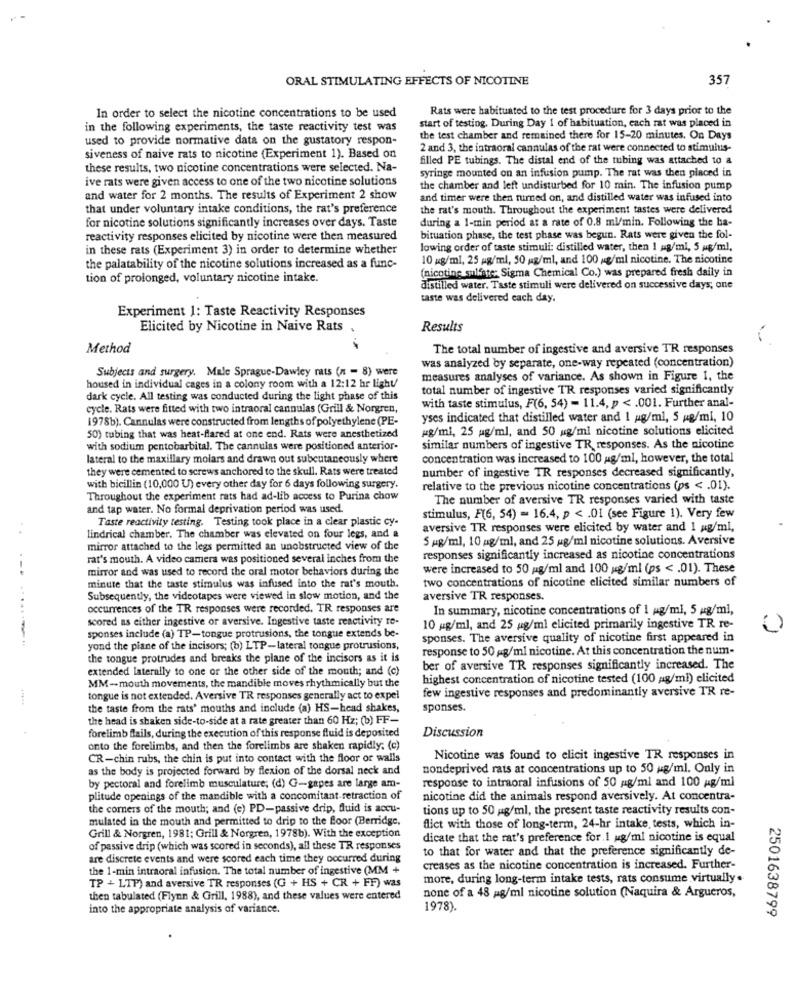
ORAL STIMULATING EFFECTS OF NICOTINE
357
Rats were habituated to the test procedure for 3 days prior to the
In order to select the nicotine concentrations to be used
start of testing. During Day 1 of habituation, each rat was placed in
in the following experiments, the taste reactivity test was
used to provide normative data on the gustatory respon-
the test chamber and remained there for 15-20 minutes. On Days
2 and 3, the intraoral cannulas of the rat were connected to stimuitis-
siveness of naive rats to nicotine (Experiment 1). Based on
filled PE tubings. The distal end of the tubing was attached to a
these results, two nicotine concentrations were selected. Na-
syringe mounted on an infusion pump. The rat was then placed in
ive rats were given access to one of the two nicotine solutions
the chamber and left undisturbed for 10 min. The infusion pump
and water for 2 months. The results of Experiment 2 show
and timer were then turned on, and distilled water was infused into
that under voluntary intake conditions, the rat's preference
the rat's mouth. Throughout the experiment tastes were delivered
for nicotine solutions significantly increases over days. Taste
during a 1-min period at a rate of 0.8 ml/min. Following the ba-
reactivity responses elicited by nicotine were then measured
bituation phase, the test phase was begun. Rats were given the fol-
in these rats (Experiment 3) in order to determine whether
lowing order of taste stimuli: distilled water, then 1 mg/ml, 5 Mg/ml,
10 mg/ml, 25 mg/ml, 50 mg/ml, and 100 g/ml nicotine. The nicotine
the palatability of the nicotine solutions increased as a func-
(nicotine sulfate: Sigma Chemical Co.) was prepared fresh daily in
tion of prolonged, voluntary nicotine intake.
distilled water. Taste stimuli were delivered on successive days; one
taste was delivered each day.
Experiment 1: Taste Reactivity Responses
Elicited by Nicotine in Naive Rats .
Results
Method
The total number of ingestive and aversive TR responses
Subjects and surgery. Male Sprague-Dawley rats (n = 8) were
was analyzed by separate, one-way repeated (concentration)
measures analyses of variance. As shown in Figure 1, the
housed in individual cages in a colony room with a 12:12 hr light
total number of ingestive TR responses varied significantly
dark cycle. All testing was conducted during the light phase of this
cycle. Rats were fitted with two intraoral cannulas (Grill & Norgren,
with taste stimulus, F(6, 54) = 11.4, p < . 001. Further anal-
1978b). Cannulas were constructed from lengths of polyethylene (PE-
yses indicated that distilled water and 1 g/ml, 5 g/ml, 10
pg/ml, 25 pg/ml, and 50 ug/ml nicotine solutions elicited
50) tubing that was heat-flared at one end. Rats were anesthetized
with sodium pentobarbital. The cannulas were positioned anterior-
similar numbers of ingestive TR responses. As the nicotine
lateral to the maxillary molars and drawn out subcutaneously where
concentration was increased to 100 g/ml, however, the total
they were cemented to screws anchored to the skull. Rats were treated
number of ingestive TR responses decreased significantly,
with bicillin (10,000 U) every other day for 6 days following surgery.
relative to the previous nicotine concentrations (ps < . 01).
Throughout the experiment rats had ad-lib access to Purina chow
The number of aversive TR responses varied with taste
and tap water. No formal deprivation period was used
Taste reactivity testing. Testing took place in a clear plastic cy-
stimulus, F(6, 54) = 16.4, p < . 01 (see Figure 1). Very few
aversive TR responses were elicited by water and 1 pg/ml,
lindrical chamber. The chamber was elevated on four legs, and a
5 mg/ml, 10 ag/ml, and 25 mg/ml nicotine solutions. Aversive
mirror attached to the legs permitted an unobstructed view of the
rat's mouth. A video camera was positioned several inches from the
responses significantly increased as nicotine concentrations
.-.
mirror and was used to record the oral motor behaviors during the
were increased to 50 mg/ml and 100 g/ml (ps < . 01). These
two concentrations of nicotine elicited similar numbers of
minute that the taste stimulus was infused into the rat's mouth.
Subsequently, the videotapes were viewed in slow motion, and the
aversive TR responses.
occurrences of the TR responses were recorded. TR responses are
In summary, nicotine concentrations of 1 mg/ml, 5 g/ml,
scored as either ingestive or aversive. Ingestive taste reactivity re-
10 g/ml, and 25 ug/ml elicited primarily ingestive TR re-
0
sponses include (a) TP-tongue protrusions, the tongue extends be-
sponses. The aversive quality of nicotine first appeared in
yond the piane of the incisors; (b) LTP-lateral tongue protrusions,
response to 50 mg/ml nicotine. At this concentration the num-
the tongue protrudes and breaks the plane of the incisors as it is
extended laterally to one or the other side of the month; and (c)
ber of aversive TR responses significantly increased. The
highest concentration of nicotine tested (100 ag/mi) elicited
MM-mouth movements, the mandible moves rhythmically but the
few ingestive responses and predominantly aversive TR re-
tongue is not extended. Aversive TR responses generally act to expel
the taste from the rats' mouths and include (a) HS-head shakes,
sponses.
the head is shaken side-to-side at a rate greater than 60 Hz; (b) FF-
forelimb flails, during the execution of this response fluid is deposited
Discussion
onto the forelimbs, and then the forelimbs are shaken rapidly; (c)
CR-chin rubs, the chin is put into contact with the floor or walls
Nicotine was found to elicit ingestive TR responses in
as the body is projected forward by flexion of the dorsal neck and
nondeprived rats at concentrations up to 50 g/ml. Only in
by pectoral and forelimb musculature; (d) G-gapes are large am-
response to intraoral infusions of 50 ag/ml and 100 g/ml
plitude openings of the mandible with a concomitant retraction of
nicotine did the animals respond aversively. At concentra-
the corners of the mouth; and (e) PD-passive drip, fluid is accu-
tions up to 50 g/ml, the present taste reactivity results con-
mulated in the mouth and permitted to drip to the floor (Berridge,
flict with those of long-term, 24-hr intake, tests, which in-
Grill & Norgren, 1981; Grill & Norgren, 1978b). With the exception
dicate that the rat's preference for.i ug/ml nicotine is equal
of passive drip (which was scored in seconds), all these TR responses
to that for water and that the preference significantly de-
are discrete events and were scored each time they occurred during
the 1-min intraoral infusion. The total number of ingestive (MM +
creases as the nicotine concentration is increased. Further-
more, during long-term intake tests, rats consume virtually .
TP + LTP) and aversive TR responses (G + HS + CR + FF) was
then tabulated (Flynn & Grill, 1988), and these values were entered
none of a 48 mg/ml nicotine solution (Naquira & Argueros,
into the appropriate analysis of variance.
1978).
2501638799